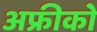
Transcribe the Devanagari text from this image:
अफ्रीको